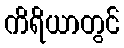
ကိရိယာတွင်